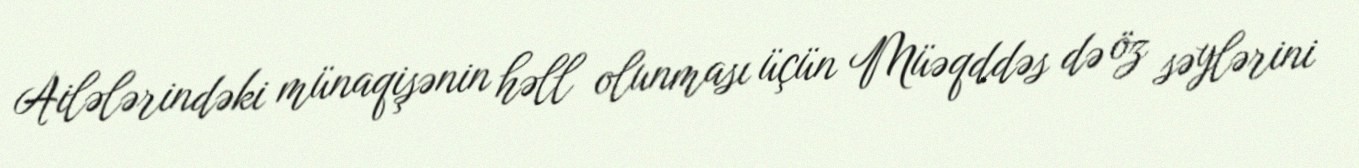
Ailələrindəki münaqişənin həll olunması üçün Müəqddəs də öz səylərini